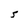
Character: 5